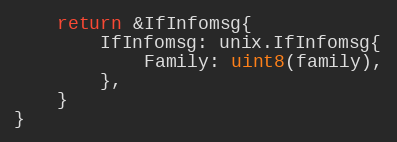
Language: Go
	return &IfInfomsg{
		IfInfomsg: unix.IfInfomsg{
			Family: uint8(family),
		},
	}
}